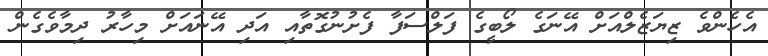
އެހެންވެ ޒިޔަޒެލްއަށް އޭނަގެ ލޯބީގެ ފަލްސަފާ ފެށުނުގޮތާއި އަދި އޭނައަށް މިހާރު ދިމާވެގެން